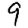
Digit: 9